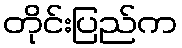
တိုင်းပြည်က